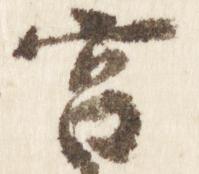
宮